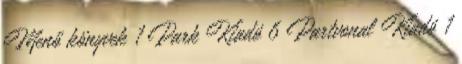
Menő könyvek 1 Park Kiadó 6 Partvonal Kiadó 1